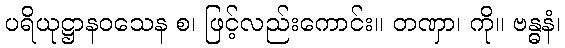
ပရိယုဋ္ဌာနဝသေန စ၊ ဖြင့်လည်းကောင်း။ တဏှာ၊ ကို။ ဗန္ဓနံ၊